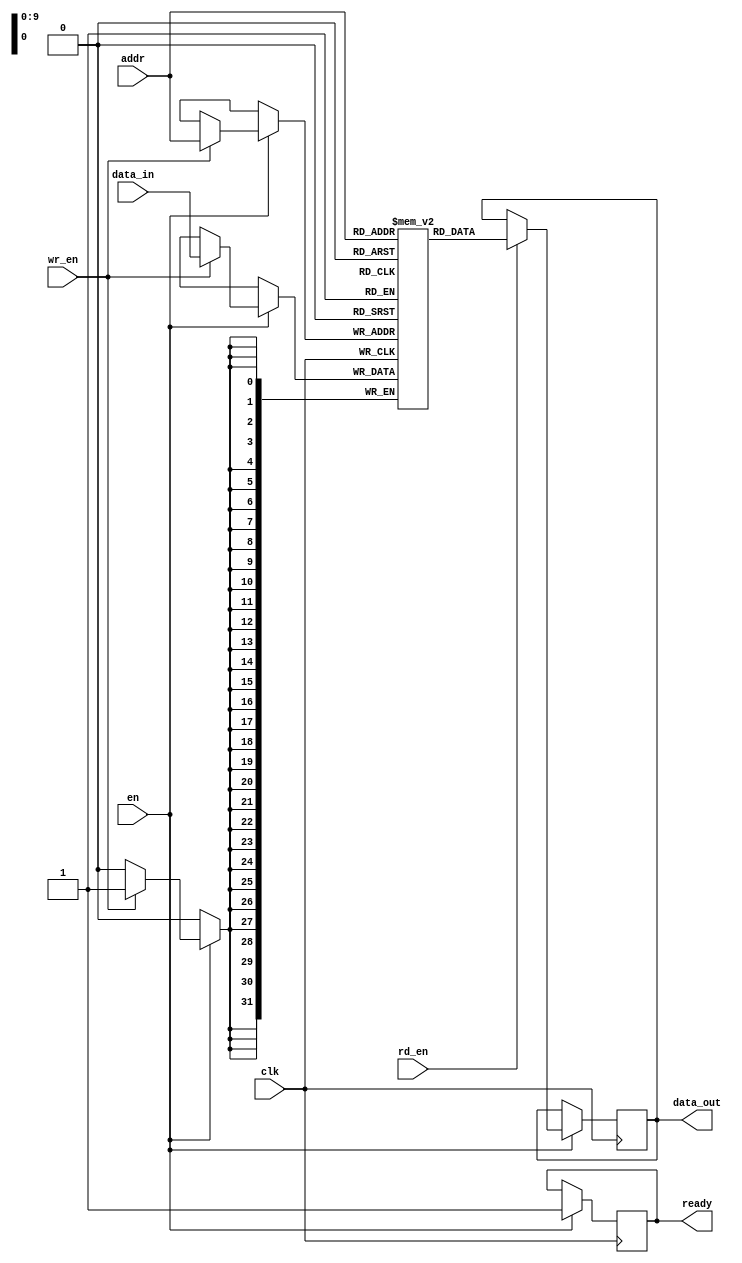
module sync_sram #(
    parameter DATA_WIDTH = 32,      // Configurable data bus width (e.g., 8, 16, 32, or 64 bits)
    parameter ADDR_WIDTH = 10,      // Configurable address width (e.g., 8, 10, 12 bits)
    parameter MEM_DEPTH = 1024       // Configurable memory depth (e.g., 256, 512, 1024, 2048)
)(
    input wire clk,                  // Synchronizing clock signal
    input wire en,                   // Active high enable signal
    input wire rd_en,                // Active high read enable signal
    input wire wr_en,                // Active high write enable signal
    input wire [ADDR_WIDTH-1:0] addr,// Input address lines
    input wire [DATA_WIDTH-1:0] data_in, // Input data lines
    output reg [DATA_WIDTH-1:0] data_out, // Output data lines
    output reg ready                 // Indicating memory is ready for the next operation
);

    // Memory array declaration
    reg [DATA_WIDTH-1:0] memory [0:MEM_DEPTH-1];

    // Process for read and write operations
    always @(posedge clk) begin
        if (en) begin
            ready <= 1'b0; // Set ready low during operation
            if (wr_en) begin
                // Write operation
                memory[addr] <= data_in;
            end
            if (rd_en) begin
                // Read operation
                data_out <= memory[addr];
            end
            ready <= 1'b1; // Set ready high after operation
        end
    end

endmodule